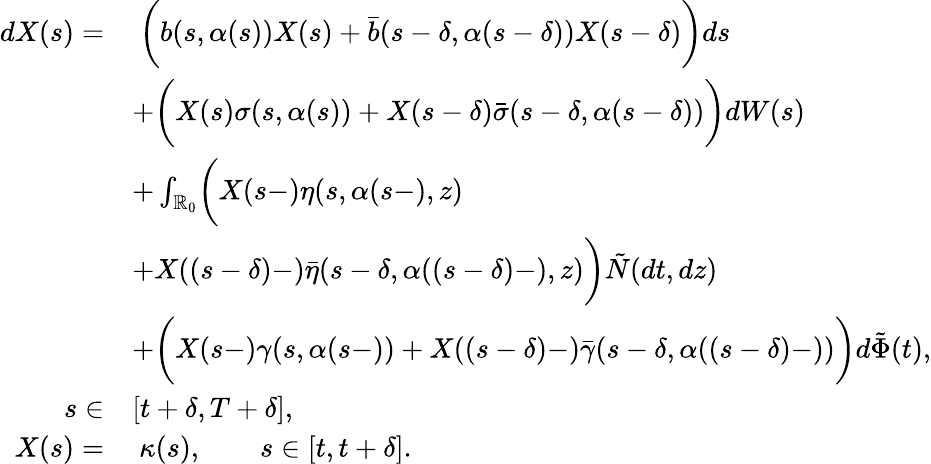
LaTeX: \begin{array}{rl}{dX(s)=}&{\ \biggl(b(s,\alpha(s))X(s)+\bar{b}(s-\delta,\alpha(s-\delta))X(s-\delta)\biggr)ds}\\ &{+\biggl(X(s)\sigma(s,\alpha(s))+X(s-\delta)\bar{\sigma}(s-\delta,\alpha(s-\delta))\biggr)dW(s)}\\ &{+\int_{\mathbb{R}_{0}}\biggl(X(s-)\eta(s,\alpha(s-),z)}\\ &{+X((s-\delta)-)\bar{\eta}(s-\delta,\alpha((s-\delta)-),z)\biggr)\tilde{N}(dt,dz)}\\ &{+\biggl(X(s-)\gamma(s,\alpha(s-))+X((s-\delta)-)\bar{\gamma}(s-\delta,\alpha((s-\delta)-))\biggr)d\tilde{\Phi}(t),}\\ {s\in}&{[t+\delta,T+\delta],}\\ {X(s)=}&{\ \kappa(s),\qquad s\in[t,t+\delta].}\end{array}